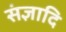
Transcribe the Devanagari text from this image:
संज्ञादि